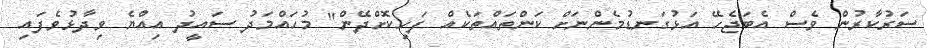
ސަރުކާރުން ވެސް އެބަޖެހޭ އަޅުގަނޑުމެންނަށް ކަންތައްތަކެއް ފަހިކޮށްދޭން" މުހައްމަދު ސައީދު އިއްޔެ ވިދާޅުވެފައި